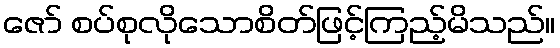
ဇော် စပ်စုလိုသောစိတ်ဖြင့်ကြည့်မိသည်။